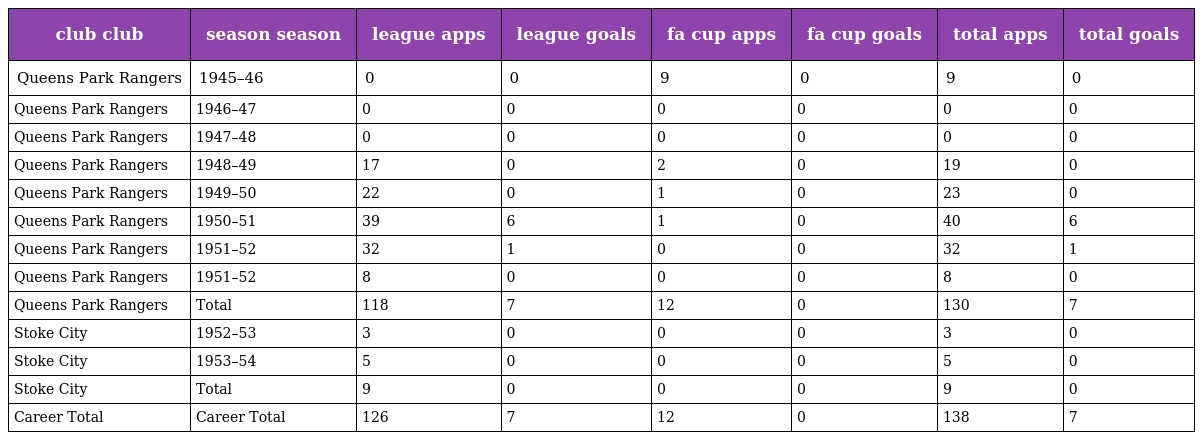
| club club | season season | league apps | league goals | fa cup apps | fa cup goals | total apps | total goals |
 | --- | --- | --- | --- | --- | --- | --- | --- |
 | Queens Park Rangers | 1945–46 | 0 | 0 | 9 | 0 | 9 | 0 |
 | Queens Park Rangers | 1946–47 | 0 | 0 | 0 | 0 | 0 | 0 |
 | Queens Park Rangers | 1947–48 | 0 | 0 | 0 | 0 | 0 | 0 |
 | Queens Park Rangers | 1948–49 | 17 | 0 | 2 | 0 | 19 | 0 |
 | Queens Park Rangers | 1949–50 | 22 | 0 | 1 | 0 | 23 | 0 |
 | Queens Park Rangers | 1950–51 | 39 | 6 | 1 | 0 | 40 | 6 |
 | Queens Park Rangers | 1951–52 | 32 | 1 | 0 | 0 | 32 | 1 |
 | Queens Park Rangers | 1951–52 | 8 | 0 | 0 | 0 | 8 | 0 |
 | Queens Park Rangers | Total | 118 | 7 | 12 | 0 | 130 | 7 |
 | Stoke City | 1952–53 | 3 | 0 | 0 | 0 | 3 | 0 |
 | Stoke City | 1953–54 | 5 | 0 | 0 | 0 | 5 | 0 |
 | Stoke City | Total | 9 | 0 | 0 | 0 | 9 | 0 |
 | Career Total | Career Total | 126 | 7 | 12 | 0 | 138 | 7 |